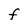
Character: F